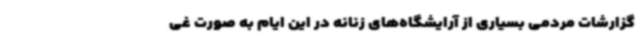
گزارشات مردمی بسیاری از آرایشگاه‌های زنانه در این ایام به صورت غی